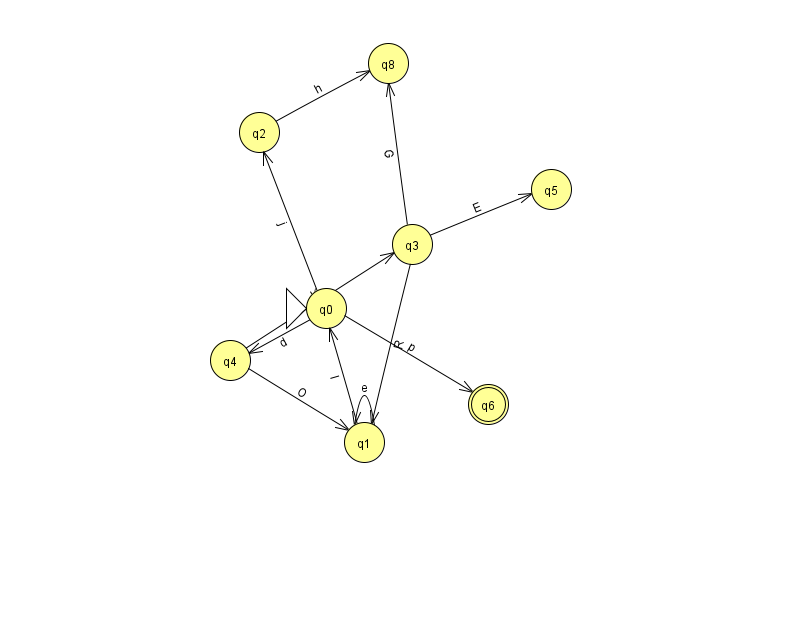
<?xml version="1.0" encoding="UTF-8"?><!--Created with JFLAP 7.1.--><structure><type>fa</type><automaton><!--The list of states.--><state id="0" name="q0"><x>326.0</x><y>295.0</y><initial/></state><state id="1" name="q1"><x>364.0</x><y>429.0</y></state><state id="2" name="q2"><x>259.0</x><y>119.0</y></state><state id="3" name="q3"><x>412.0</x><y>231.0</y></state><state id="4" name="q4"><x>230.0</x><y>347.0</y></state><state id="5" name="q5"><x>551.0</x><y>176.0</y></state><state id="6" name="q6"><x>488.0</x><y>391.0</y><final/></state><state id="8" name="q8"><x>388.0</x><y>50.0</y></state><!--The list of transitions.--><transition><from>3</from><to>5</to><read>E</read></transition><transition><from>0</from><to>2</to><read>j</read></transition><transition><from>4</from><to>3</to><read>K</read></transition><transition><from>1</from><to>1</to><read>e</read></transition><transition><from>3</from><to>8</to><read>G</read></transition><transition><from>0</from><to>4</to><read>d</read></transition><transition><from>2</from><to>8</to><read>h</read></transition><transition><from>3</from><to>1</to><read>R</read></transition><transition><from>0</from><to>6</to><read>p</read></transition><transition><from>1</from><to>0</to><read>l</read></transition><transition><from>4</from><to>1</to><read>O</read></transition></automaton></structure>